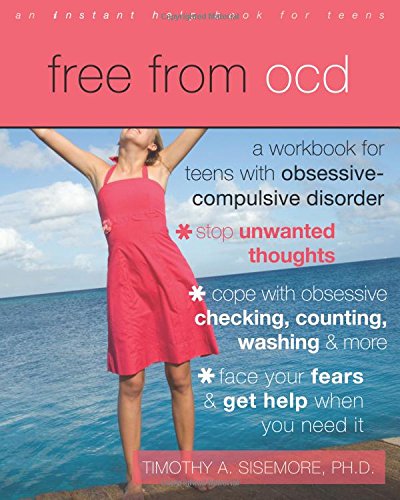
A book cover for Free from OCD: A Workbook for Teens with Obsessive-Compulsive Disorder; Timothy Sisemore PhD; Teen & Young Adult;